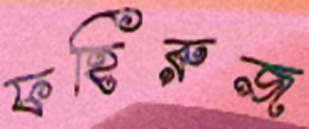
ফহিরুজ